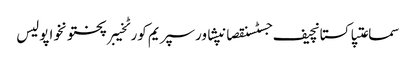
سماعتپاکستانچیف جسٹسنقصانپشاورسپریم کورٹخیبرپختونخواپولیس